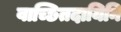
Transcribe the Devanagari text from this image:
वाच्छितदायिनि